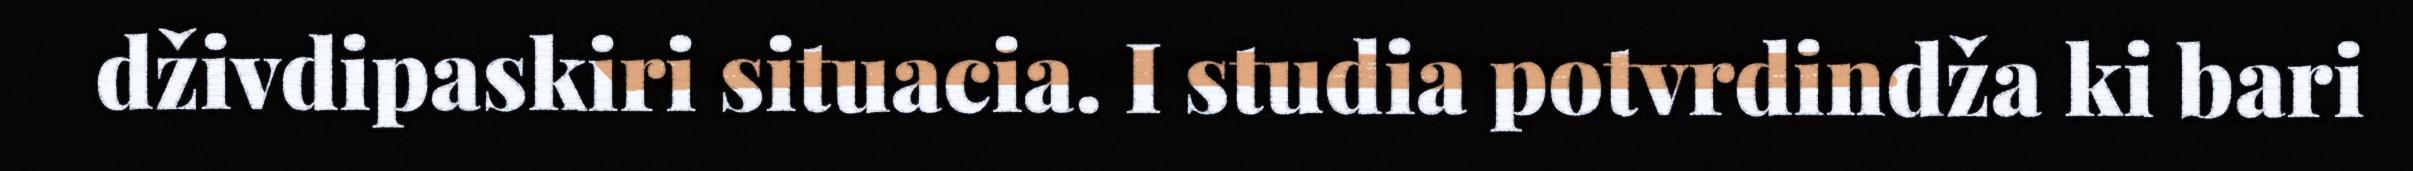
dživdipaskiri situacia. I studia potvrdindža ki bari